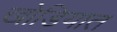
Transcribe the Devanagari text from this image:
खोडियात